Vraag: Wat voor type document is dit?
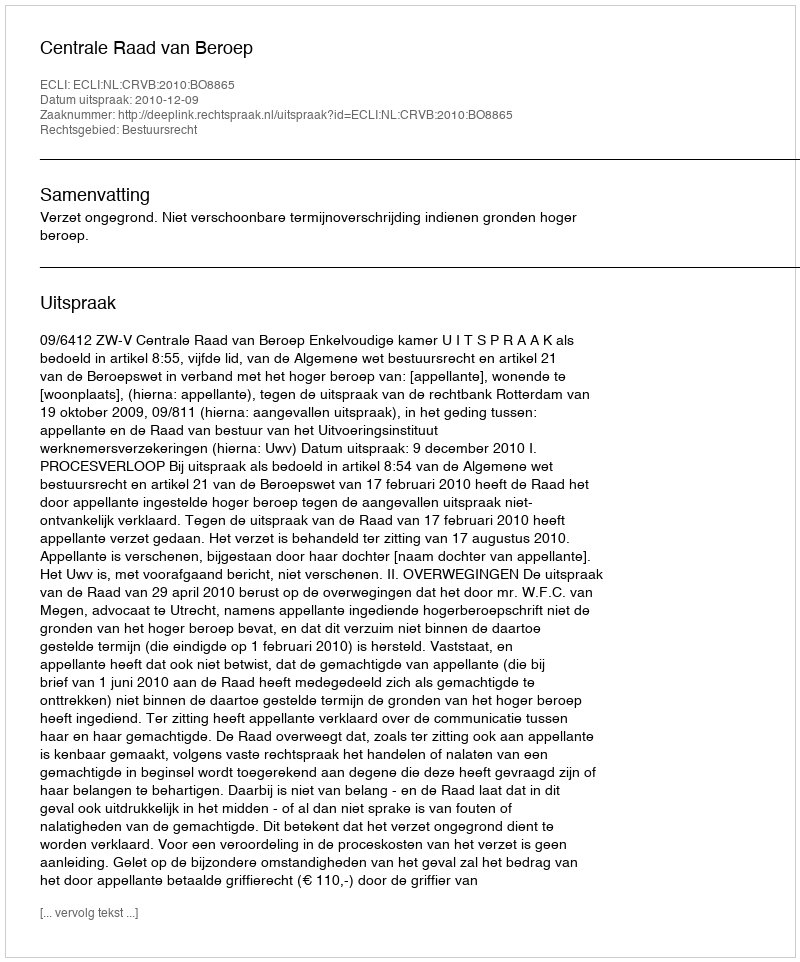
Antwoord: Uitspraak